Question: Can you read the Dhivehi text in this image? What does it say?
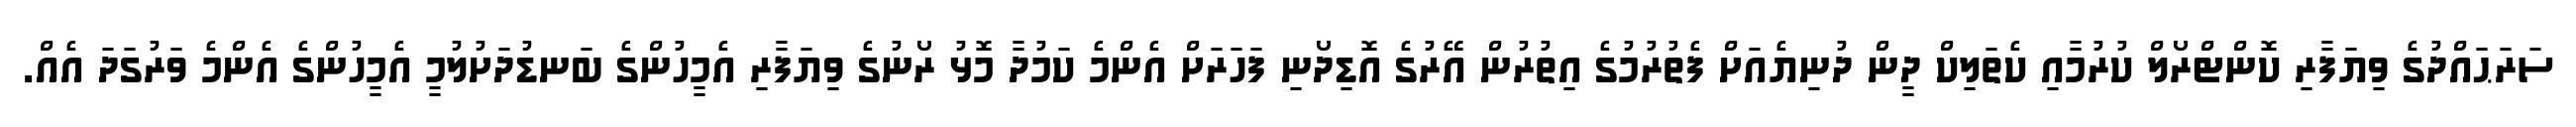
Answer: ސަރަޙައްދުގެ ވިޔަފާރި ކޮންޓްރޯލް ކުރުމާއި ކެތަލިކް ދީން ދުނިޔެއަށް ފެތުރުމުގެ އިތުރުން އޭރުގެ އޮޑިދޯނި ފަހަރަށް އެންމެ ކަމުދާ މޮޅު ރޯނުގެ ވިޔަފާރި އެމީހުންގެ ބަނޑުދަށުލުމީ އެމީހުންގެ އެންމެ ވަރުގަދަ އެއް.